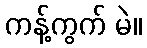
ကန့်ကွက် မဲ။